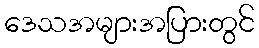
ဒေသအများအပြားတွင်